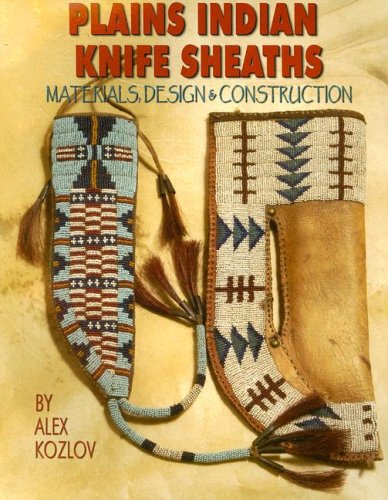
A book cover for Plains Indian Knife Sheaths: Materials, Design & Construction; Alex Kozlov; Crafts, Hobbies & Home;